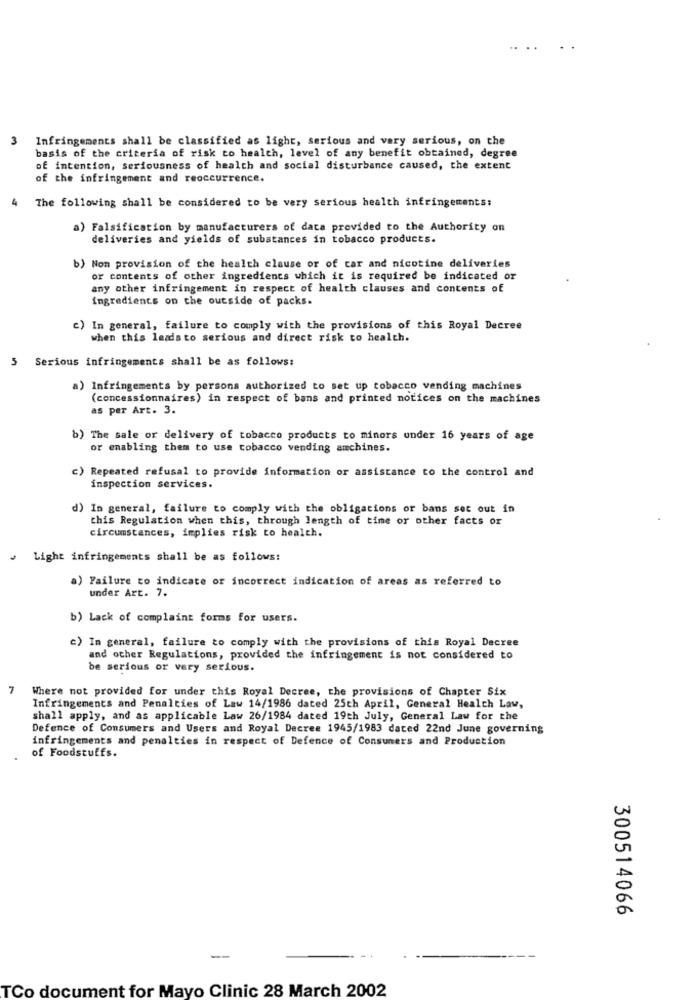
3
Infringements shall be classified as light, serious and very serious, on the
basis of the criteria of risk to health, level of any benefit obtained, degree
of intention, seriousness of health and social disturbance caused, the extent
of the infringement and reoccurrence.
4
The following shall be considered to be very serious health infringements:
a) Falsification by manufacturers of data provided to the Authority on
deliveries and yields of substances in tobacco products.
b) Non provision of the health clause or of car and nicotine deliveries
or contents of other ingredients which it is required be indicated or
any other infringement in respect of health clauses and contents of
ingredients on the outside of packs.
c) In general, failure to comply with the provisions of this Royal Decree
when this leads to serious and direct risk to health.
Serious infringements shall be as follows:
a) Infringements by persons authorized to set up tobacco vending machines
(concessionnaires) in respect of bans and printed notices on the machines
as per Art. 3.
b) The sale or delivery of tobacco products to minors under 16 years of age
or enabling them to use tobacco vending amchines.
c) Repeated refusal to provide information or assistance to the control and
inspection services.
d) In general, failure to comply with the obligations or bans set out in
this Regulation when this, through length of time or other facts or
circumstances, implies risk to health.
Light infringements shall be as follows:
a) Failure to indicate or incorrect indication of areas as referred to
under Art. 7.
b) Lack of complaint forms for users.
c) In general, failure to comply with the provisions of this Royal Decree
and other Regulations, provided the infringement is not considered to
be serious or very serious.
7
Where not provided for under this Royal Decree, the provisions of Chapter Six
Infringements and Penalties of Law 14/1986 dated 25th April, General Health Law,
shall apply, and as applicable Law 26/1984 dated 19th July, General Law for the
Defence of Consumers and Users and Royal Decree 1945/1983 dated 22nd June governing
infringements and penalties in respect of Defence of Consumers and Production
of Foodstuffs.
300514066
-
TCo document for Mayo Clinic 28 March 2002